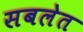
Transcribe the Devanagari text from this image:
सबलेत